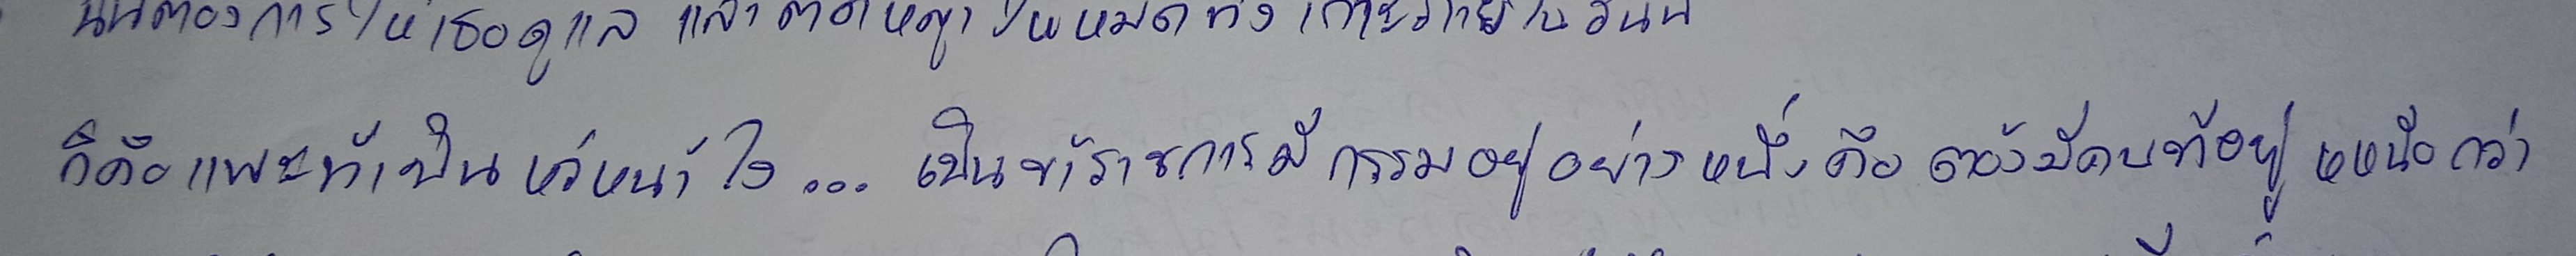
ก็คือแพะที่เป็นหัวหน้าไง...เป็นข้าราชการมีกรรมอยู่อย่างหนึ่งคือต้องมีคนที่อยู่เหนือกว่า